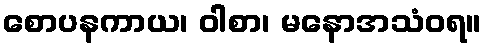
စောပနကာယ၊ ဝါစာ၊ မနောအသံဝရ။